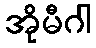
အိုမီဂါ